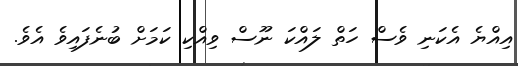
އިއްޔެ އެކަނި ވެސް ހަތް ލައްކަ ނޫސް ވިއްކި ކަމަށް ބުނެފައިވެ އެވެ.